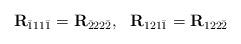
LaTeX: \begin{align*}\mathbf{R}_{\bar{1}11\bar{1}}=\mathbf{R}_{\bar{2}22\bar{2}},~~\mathbf{R}_{121\bar{1}}=\mathbf{R}_{122\bar{2}}\end{align*}